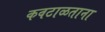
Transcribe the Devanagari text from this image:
कवटाळताना